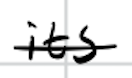
Text: its
Cross-out: single-line
Writing tool: digital_black